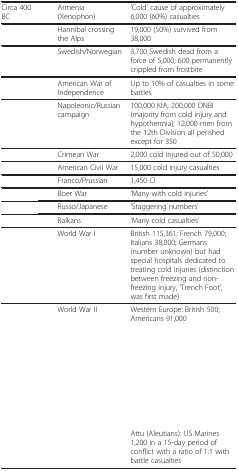
<table><thead><tr><td><b>Circa 400 BC</b></td><td><b>Armenia (Xenophon)</b></td><td><b>‘Cold’ cause of approximately 6,000 (60%) casualties</b></td></tr></thead><tbody><tr><td>[EMPTY_CELL]</td><td>Hannibal crossing the Alps</td><td>19,000 (50%) survived from 38,000</td></tr><tr><td>[EMPTY_CELL]</td><td>Swedish/Norwegian</td><td>3,700 Swedish dead from a force of 5,000; 600 permanently crippled from frostbite</td></tr><tr><td>[EMPTY_CELL]</td><td>American War of Independence</td><td>Up to 10% of casualties in some battles</td></tr><tr><td>[EMPTY_CELL]</td><td>Napoleonic/Russian campaign</td><td>100,000 KIA; 200,000 DNBI (majority from cold injury and hypothermia); 12,000 men from the 12th Division all perished except for 350</td></tr><tr><td>[EMPTY_CELL]</td><td>Crimean War</td><td>2,000 cold injured out of 50,000</td></tr><tr><td>[EMPTY_CELL]</td><td>American Civil War</td><td>15,000 cold injury casualties</td></tr><tr><td>[EMPTY_CELL]</td><td>Franco/Prussian</td><td>1,450 CI</td></tr><tr><td>[EMPTY_CELL]</td><td>Boer War</td><td>‘Many with cold injuries’</td></tr><tr><td>[EMPTY_CELL]</td><td>Russo/Japanese</td><td>‘Staggering numbers’</td></tr><tr><td>[EMPTY_CELL]</td><td>Balkans</td><td>‘Many cold casualties’</td></tr><tr><td>[EMPTY_CELL]</td><td>World War I</td><td>British 115,361; French 79,000; Italians 38,000; Germans (number unknown) but had special hospitals dedicated to treating cold injuries (distinction between freezing and non-freezing injury, ‘Trench Foot’, was first made)</td></tr><tr><td rowspan="5">[EMPTY_CELL]</td><td rowspan="5">World War II</td><td>Western Europe: British 500; Americans 91,000</td></tr><tr><td>[EMPTY_CELL]</td></tr><tr><td>[EMPTY_CELL]</td></tr><tr><td>[EMPTY_CELL]</td></tr><tr><td>[EMPTY_CELL]</td></tr><tr><td>[EMPTY_CELL]</td><td>[EMPTY_CELL]</td><td>Attu (Aleutians): US Marines 1,200 in a 15-day period of conflict with a ratio of 1:1 with battle casualties</td></tr></tbody></table>